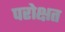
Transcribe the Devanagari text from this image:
परोक्षत